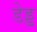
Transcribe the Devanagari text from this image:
डेड्ड